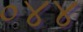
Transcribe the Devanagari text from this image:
०४४